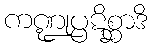
ကဏ္ဍုပ္ပဋိစ္ဆာဒိ